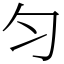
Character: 匀